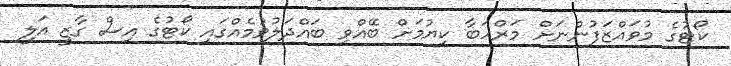
ކޯޓުގެ މުވައްޒަފުންނަށް މަރްހަބާ ކިޔުމަށް ބޭއްވި ބައްދަލުވުމެއްގައި ކޯޓުގެ އިސް ގާޒީ އަލީ